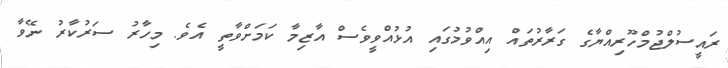
ރައީސުލްޖުމްހޫރިއްޔާގެ ގަރާރުތައް އިއްވުމުގައި އުޅުއްވީވެސް އާޒިމާ ކަމަށްވާތީ އެވެ. މިހާރު ސަރުކާރު ނޭވާ